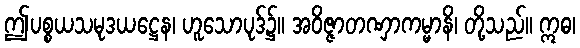
ဤပစ္စယသမုဒယဋ္ဌေန၊ ဟူသောပုဒ်၌။ အဝိဇ္ဇာတဏှာကမ္မာနိ၊ တို့သည်။ ဣဓ၊